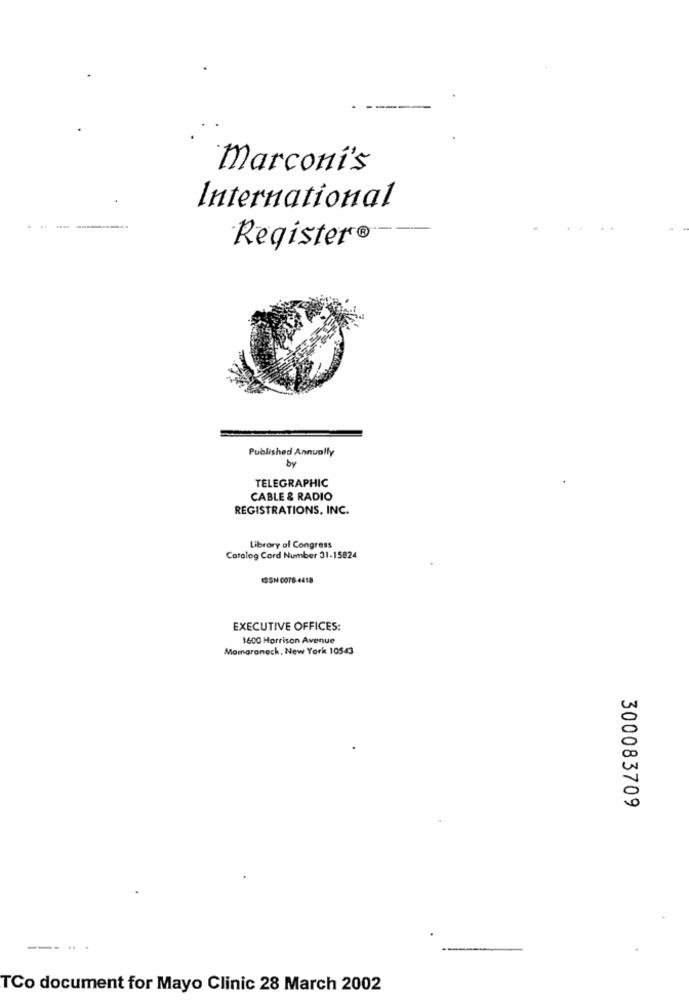
marconi's
International
.-----
Register®
Published Annually
by
TELEGRAPHIC
CABLE & RADIO
REGISTRATIONS, INC.
Library of Congress
Catalog Card Number 31-15824
ISSN 0076-4418
EXECUTIVE OFFICES:
1600 Horrison Avenue
Mamaroneck, New York 10543
300083709
-...
TCo document for Mayo Clinic 28 March 2002